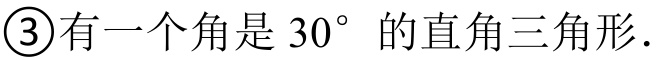
\textcircled{3}有一个角是\(30^{\circ}\)的直角三角形.